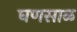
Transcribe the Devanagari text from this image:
घणसाळ